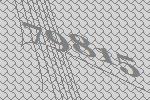
79815